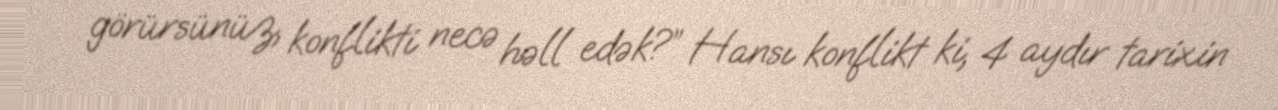
görürsünüz, konflikti necə həll edək?” Hansı konflikt ki, 4 aydır tarixin